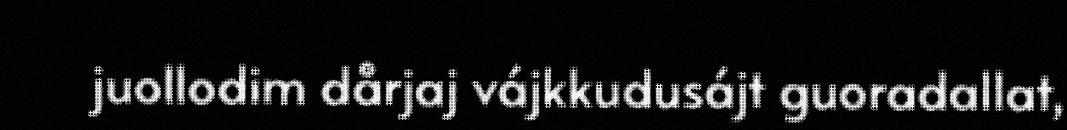
juollodim dårjaj vájkkudusájt guoradallat,